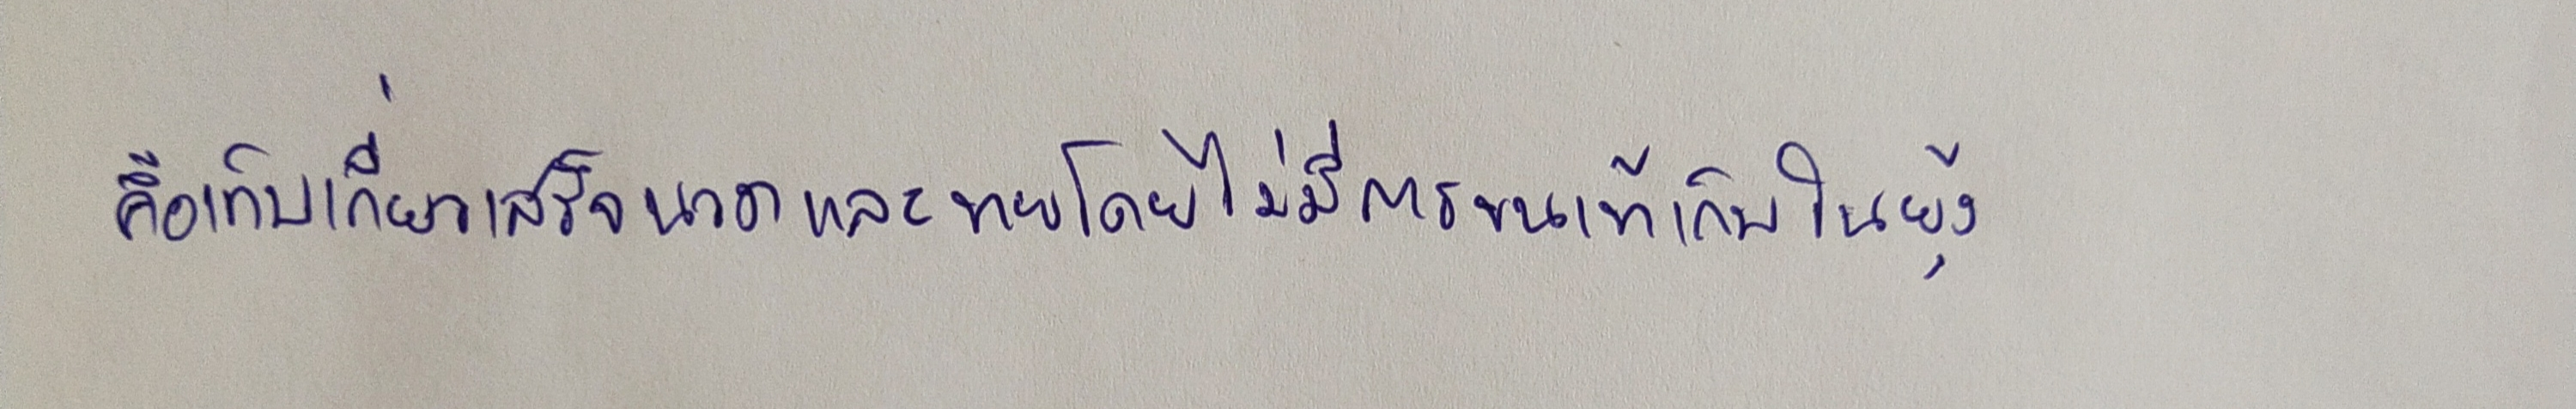
คือเก็บเกี่ยวเสร็จนวดและขายโดยไม่มีการขนเข้าเก็บในยุ้ง